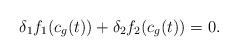
LaTeX: \begin{align*}\delta_1 f_1(c_g(t))+\delta_2 f_2(c_g(t))=0.\end{align*}